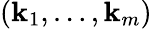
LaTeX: (\mathbf{k}_{1},\ldots,\mathbf{k}_{m})